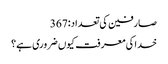
صارفین کی تعداد:367
خدا کی معرفت کیوں ضروری ہے؟